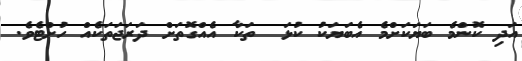
އަދި ކޮންމެ ބަޔަކަށްމެ އެބަޔަކު ކުޅަ  ތަކާ އެއްގޮތަށް ދަރަޖަތަކެއް ހުށްޓެވެ.